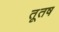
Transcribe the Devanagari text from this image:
तूतष